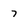
Character: 7